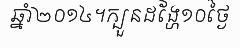
ឆ្នាំ២០១៤។ក្បួនដង្ហែ១០ថ្ងៃ